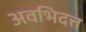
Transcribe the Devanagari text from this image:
अवभिदत्त